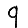
Digit: 9